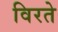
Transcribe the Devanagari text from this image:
विरते